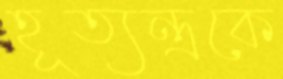
হূত্যন্ত্রকে